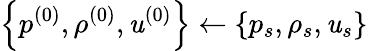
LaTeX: \left\{ p^{(0)},\rho^{(0)},\mathit{u}^{(0)}\right\} \gets\left\{ p_{s},\rho_{s},\mathit{u}_{s}\right\}